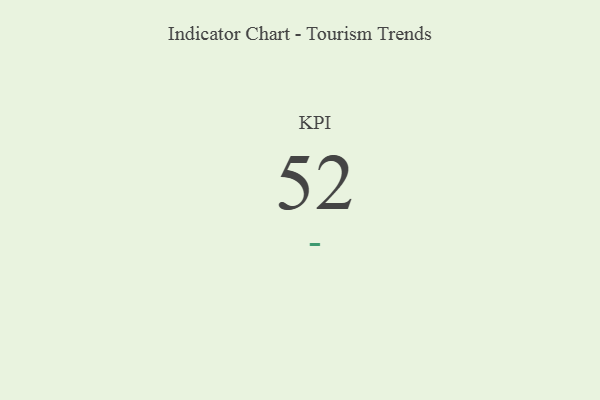
{"axis": {"x": "KPI", "y": "Value"}, "legend": [""], "data": [{"x": "KPI", "y": 52, "type": ""}]}